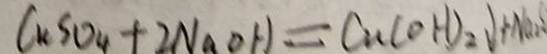
C u S O _ { 4 } + 2 N a O H = C u ( O H ) _ { 2 } \downarrow + N a _ { 2 }